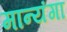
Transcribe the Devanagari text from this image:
मान्यंगा